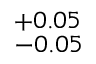
^ { + 0 . 0 5 } _ { - 0 . 0 5 }